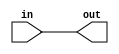
module MOV (in, out);
input [15:0] in;
output [15:0] out;

assign out = in;
endmodule